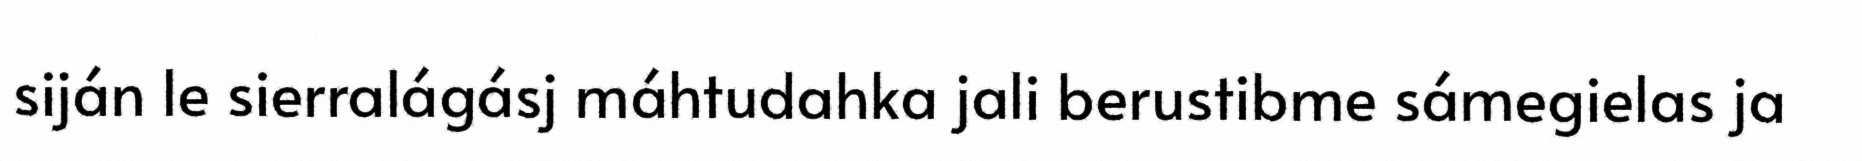
siján le sierralágásj máhtudahka jali berustibme sámegielas ja